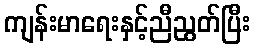
ကျန်းမာရေးနှင့်ညီညွတ်ပြီး